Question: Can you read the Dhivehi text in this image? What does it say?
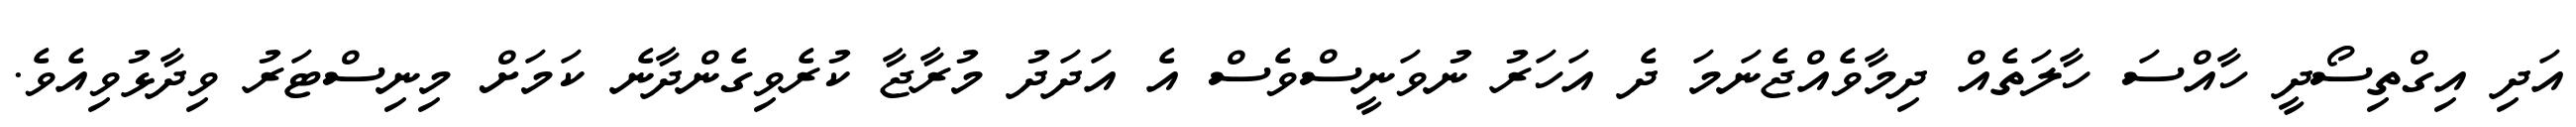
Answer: އަދި އިގްތިސޯދީ ހާއްސަ ހާލަތެއް ދިމާވެއްޖެނަމަ ދެ އަހަރު ނުވަނީސްވެސް އެ އަދަދު މުރާޖާ ކުރެވިގެންދާނެ ކަމަށް މިނިސްޓަރު ވިދާޅުވިއެވެ.